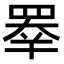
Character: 𥇡